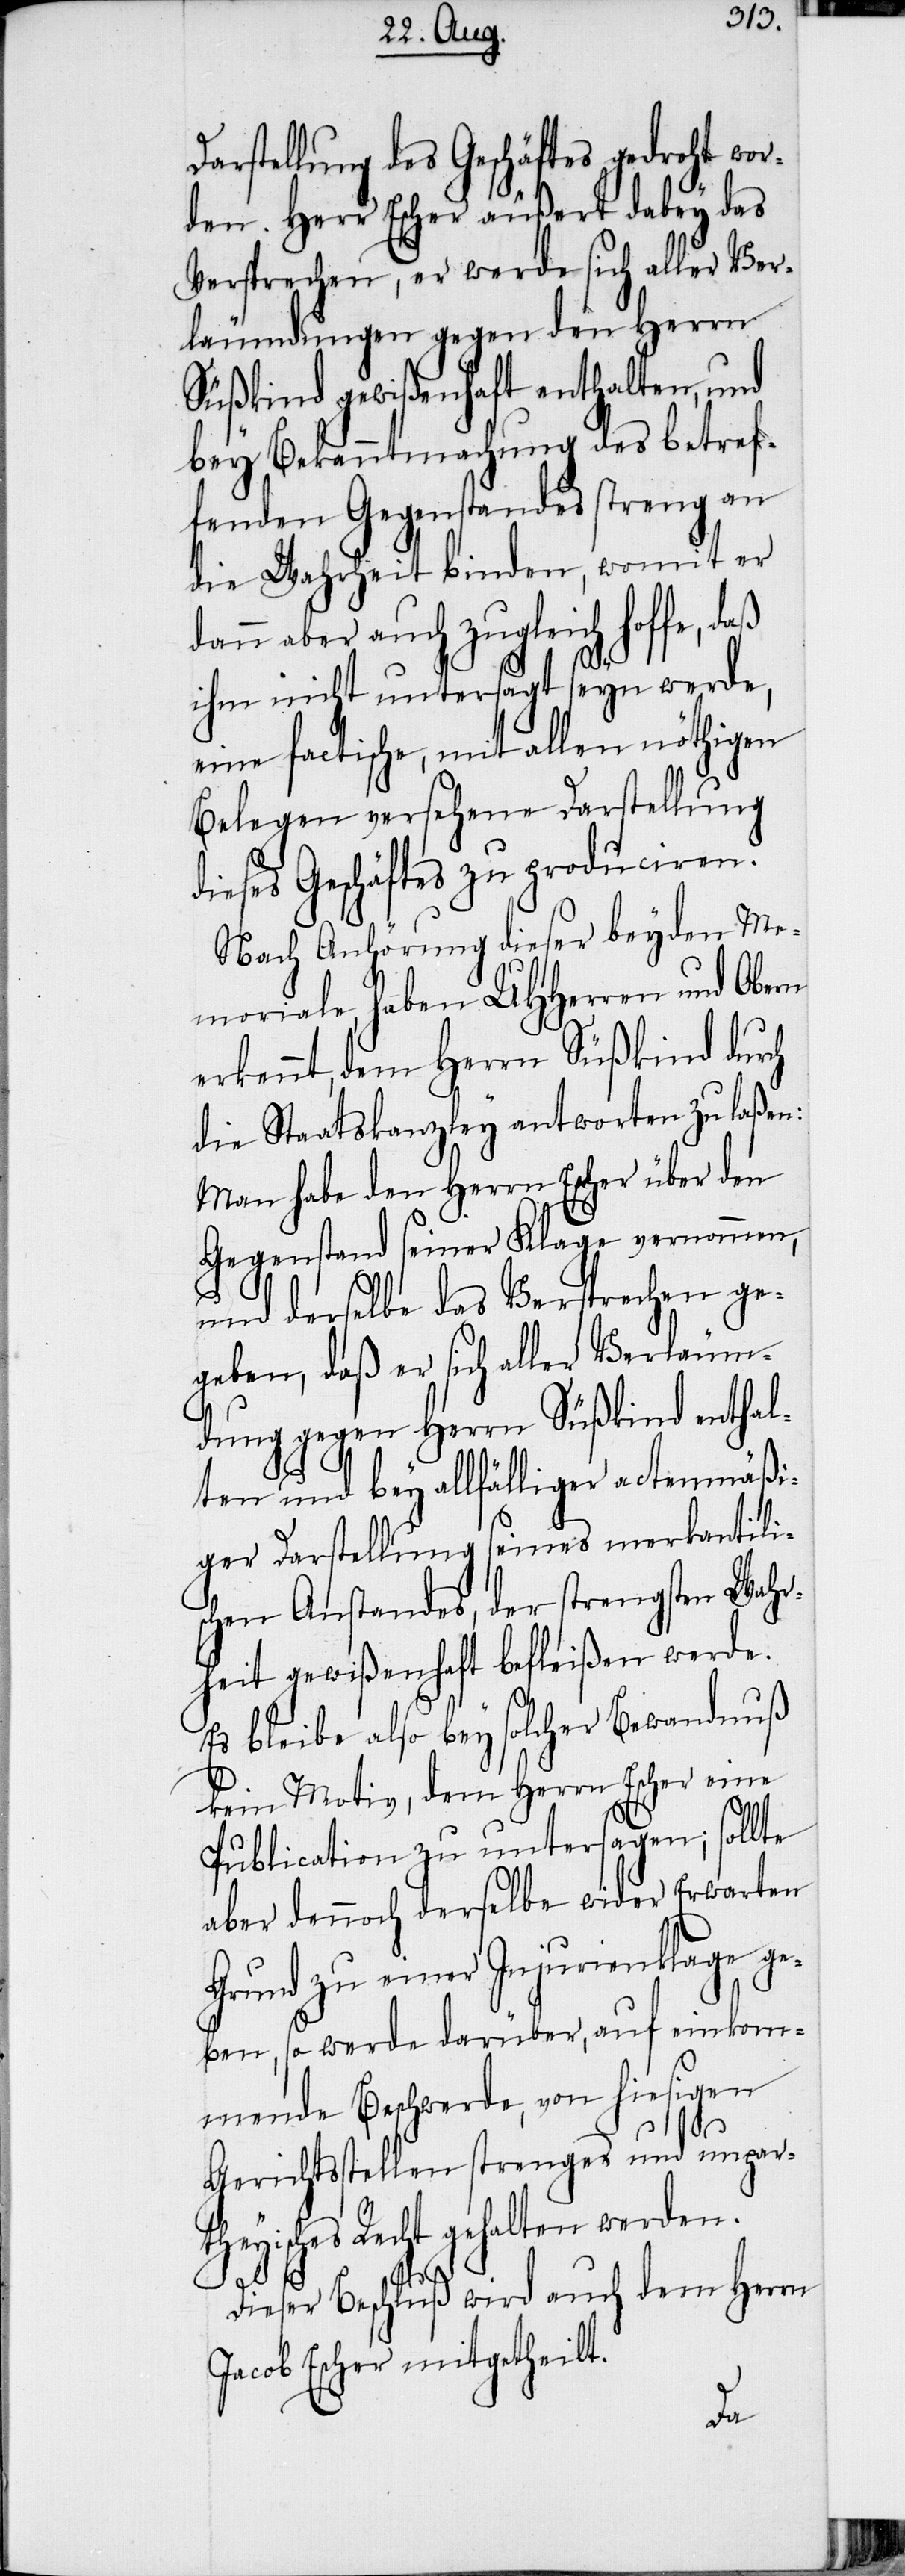
Darstellung des Geschäftes gedroht wor¬
den. Herr Escher äußert dabey das
Versprechen, er werde sich aller Ver¬
läumdungen gegen den Herrn
Süßkind gewißenhaft enthalten, und
bey Bekanntmachung des betref¬
fenden Gegenstandes streng an
die Wahrheit binden, womit er
dann aber auch zugleich hoffe, daß
ihm nicht untersagt seyn werde,
eine factische, mit allen nöthigen
Belegen versehene Darstellung
dieses Geschäftes zu produciren.
Nach Anhörung dieser beyden Me¬
moriale, haben UHHerren und Obern
erkennt, dem Herrn Süßkind durch
die Staatskanzley antworten zu laßen:
Man habe den Herrn Escher über den
Gegenstand seiner Klage vernommen,
und derselbe das Versprechen ge¬
geben, daß er sich aller Verläum¬
dung gegen Herrn Süßkind enthal¬
ten und bey allfälliger actenmäßi¬
ger Darstellung seines merkantili¬
schen Anstandes, der strengsten Wahr¬
heit gewißenhaft befleißen werde.
Es bleibe also bey solcher Bewandnuß
kein Motiv, dem Herrn Escher eine
Publication zu untersagen; sollte
aber dennoch derselbe wider Erwarten
Grund zu einer Injurienklage ge¬
ben, so werde darüber, auf einkom¬
mende Beschwerde, von hiesigen
Gerichtsstellen strenges und unpar¬
theyisches Recht gehalten werden.
Dieser Beschluß wird auch dem Herrn
Jacob Escher mitgetheilt.